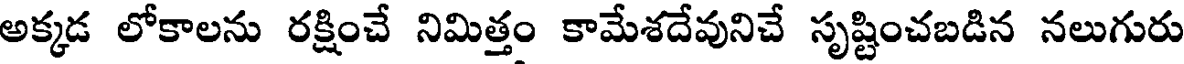
అక్కడ లోకాలను రక్షించే నిమిత్తం కామేశదేవునిచే సృష్టించబడిన నలుగురు